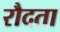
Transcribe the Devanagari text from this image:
रौदता